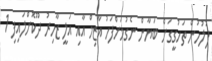
ފުލުހުން ތަހުގީގަށް ބަޔާން ނެގުމަށްފަހު އާޒިމް އާއި އަލީ ޒާހިރު ދޫކޮށްލައިފި 1